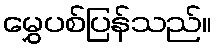
မွှေပစ်ပြန်သည်။